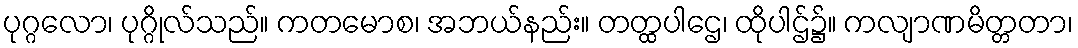
ပုဂ္ဂလော၊ ပုဂ္ဂိုလ်သည်။ ကတမောစ၊ အဘယ်နည်း။ တတ္ထပါဌေ၊ ထိုပါဌ်၌။ ကလျာဏမိတ္တတာ၊